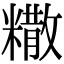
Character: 糤